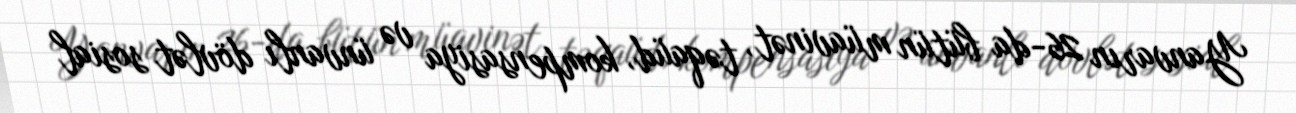
Yanvarın 26-da bütün müavinət, təqaüd, kompensasiya və ünvanlı dövlət sosial